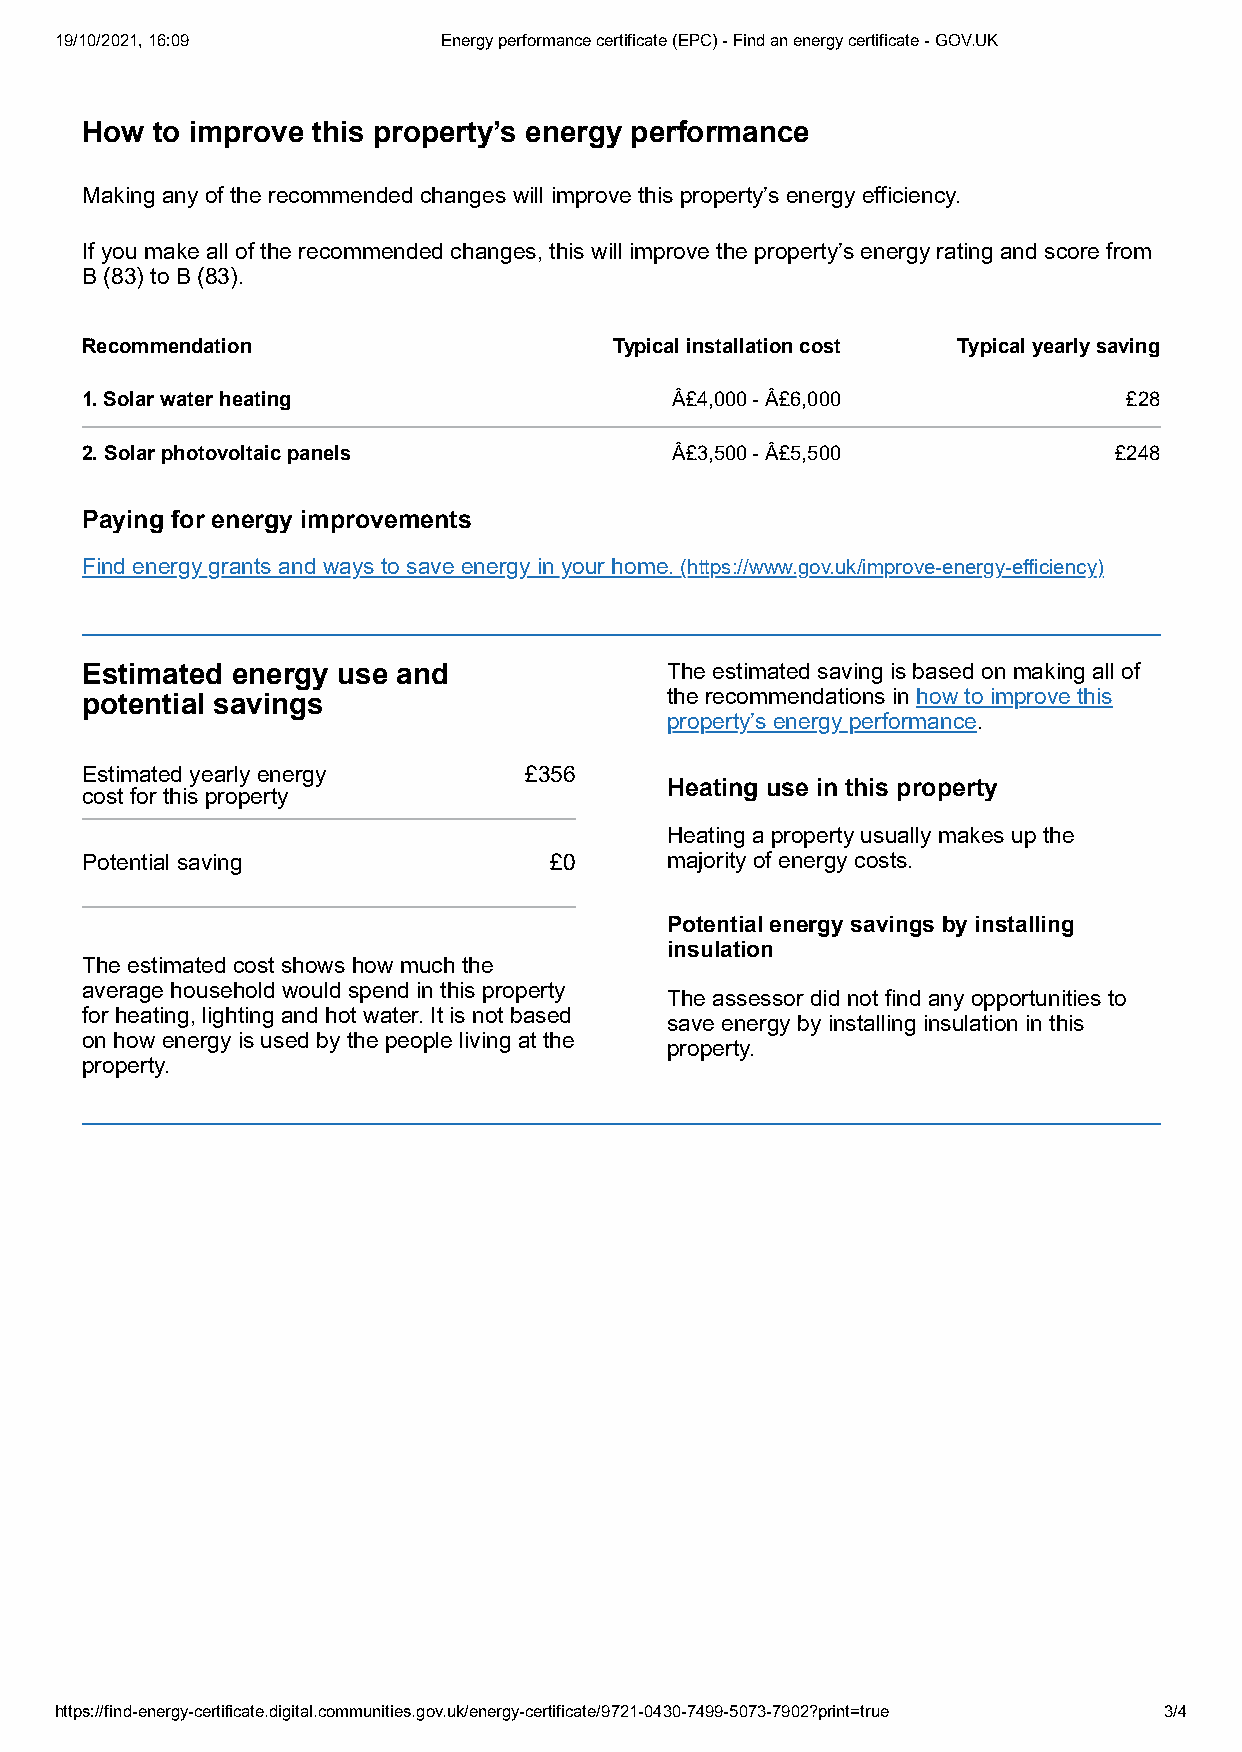
19/10/2021, 16:09        Energy performance certificate (EPC) - Find an energy certificate - GOV.UK
 How  to improve this property’s energy performance
 Making any of the recommended changes will improve this property’s energy efficiency.
 If you make all of the recommended changes, this will improve the property’s energy rating and score from
 B (83) to B (83).
 Recommendation                      Typical installation cost Typical yearly saving
 1. Solar water heating                 Â£4,000 - Â£6,000              £28
 2. Solar photovoltaic panels           Â£3,500 - Â£5,500             £248
 Paying for energy improvements
 Find energy grants and ways to save energy in your home. (https://www.gov.uk/improve-energy-efficiency)
 Estimated energy use and               The estimated saving is based on making all of
 potential savings                      the recommendations in how to improve this
 property’s energy performance.
 Estimated yearly energy       £356
 Heating use in this property
 cost for this property
 Heating a property usually makes up the
 Potential saving               £0      majority of energy costs.
 Potential energy savings by installing
 insulation
 The estimated cost shows how much the
 average household would spend in this property
 The assessor did not find any opportunities to
 for heating, lighting and hot water. It is not based
 save energy by installing insulation in this
 on how energy is used by the people living at the
 property.
 property.
 https://find-energy-certificate.digital.communities.gov.uk/energy-certificate/9721-0430-7499-5073-7902?print=true 3/4